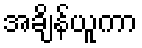
အချိန်ယူကာ